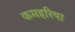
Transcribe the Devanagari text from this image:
कमहरिया